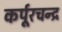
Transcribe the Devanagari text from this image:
कर्पूरचन्द्र